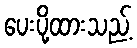
ပေးပို့ထားသည့်